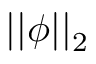
| | \phi | | _ { 2 }